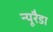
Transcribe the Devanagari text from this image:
न्यूरैडा